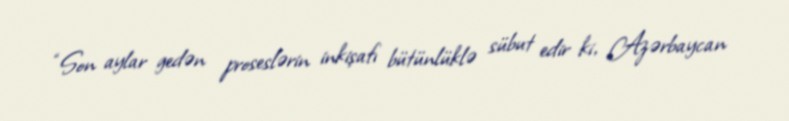
“Son aylar gedən proseslərin inkişafı bütünlüklə sübut edir ki, Azərbaycan